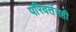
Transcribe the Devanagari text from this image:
परिवर्तनही